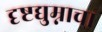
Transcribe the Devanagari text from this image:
दृष्टद्युम्नाचा